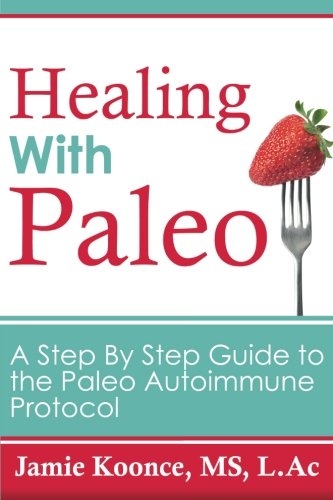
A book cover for Healing with Paleo: A Step By Step Guide to the Paleo Autoimmune Protocol; Jamie Koonce; Health, Fitness & Dieting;